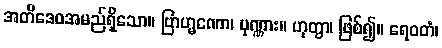
အတိဒေဝအမည်ရှိသော။ ဗြာဟ္မဏော၊ ပုဏ္ဏား။ ဟုတွာ၊ ဖြစ်၍။ ရေဝတံ၊